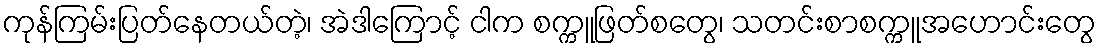
ကုန်ကြမ်းပြတ်နေတယ်တဲ့၊ အဲဒါကြောင့် ငါက စက္ကူဖြတ်စတွေ၊ သတင်းစာစက္ကူအဟောင်းတွေ